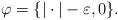
LaTeX: \begin{align*}\varphi=\{|\cdot|-\varepsilon,0\}.\end{align*}